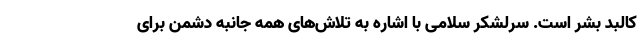
کالبد بشر است. سرلشکر سلامی با اشاره به تلاش‌های همه جانبه دشمن برای